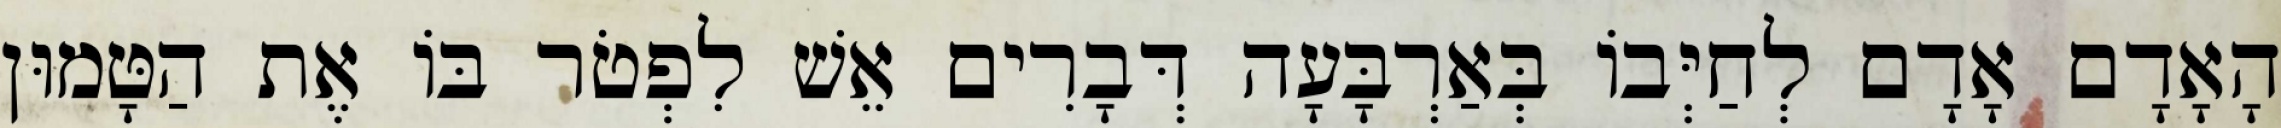
הָאָדָם אָדָם לְחַיְּבוֹ בְּאַרְבָּעָה דְּבָרִים אֵשׁ לִפְטֹר בּוֹ אֶת הַטָּמוּן